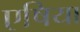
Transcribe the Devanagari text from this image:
एषिया